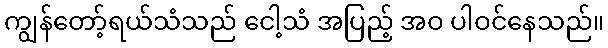
ကျွန်တော့်ရယ်သံသည် ငေါ့သံ အပြည့် အဝ ပါဝင်နေသည်။